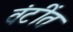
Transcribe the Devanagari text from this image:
वंटींत